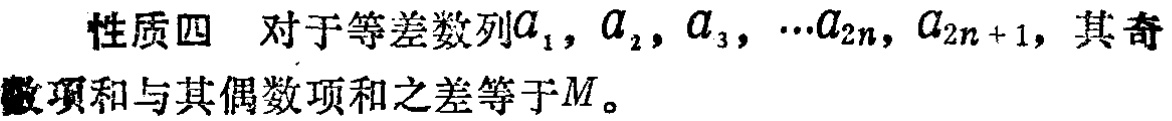
性质四 对于等差数列\(a_{1},a_{2},a_{3},\cdots a_{2n},a_{2n + 1}\)，其奇数项和与其偶数项和之差等于\(M\)。